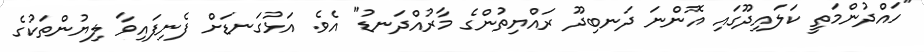
"ހައްދުންމަތީ ކަލައިދޫގައި އޮންނަ ދަނބިދޫ ރައްޔިތުންގެ މާރުއްދަނޑު" އެވެ. އަޅުގަނޑަށް ފެނިފައިވާ ލިޔުންތަކުގެ